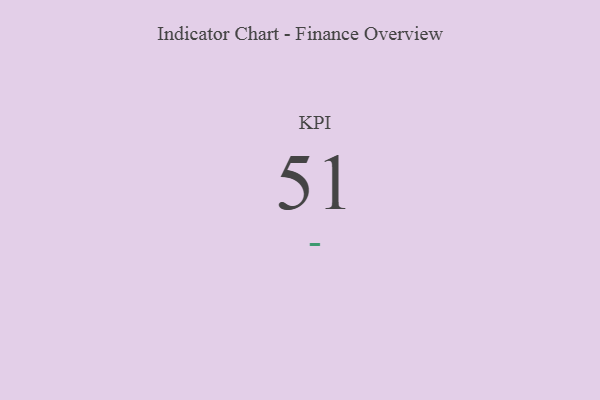
{"axis": {"x": "KPI", "y": "Value"}, "legend": [""], "data": [{"x": "KPI", "y": 51, "type": ""}]}